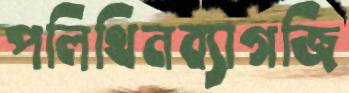
পলিথিনব্যাগজি